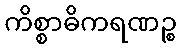
ကိစ္စာဓိကရဏဉ္စ